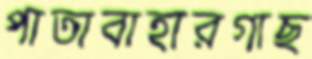
পাতাবাহারগাছ